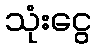
သုံးငွေ